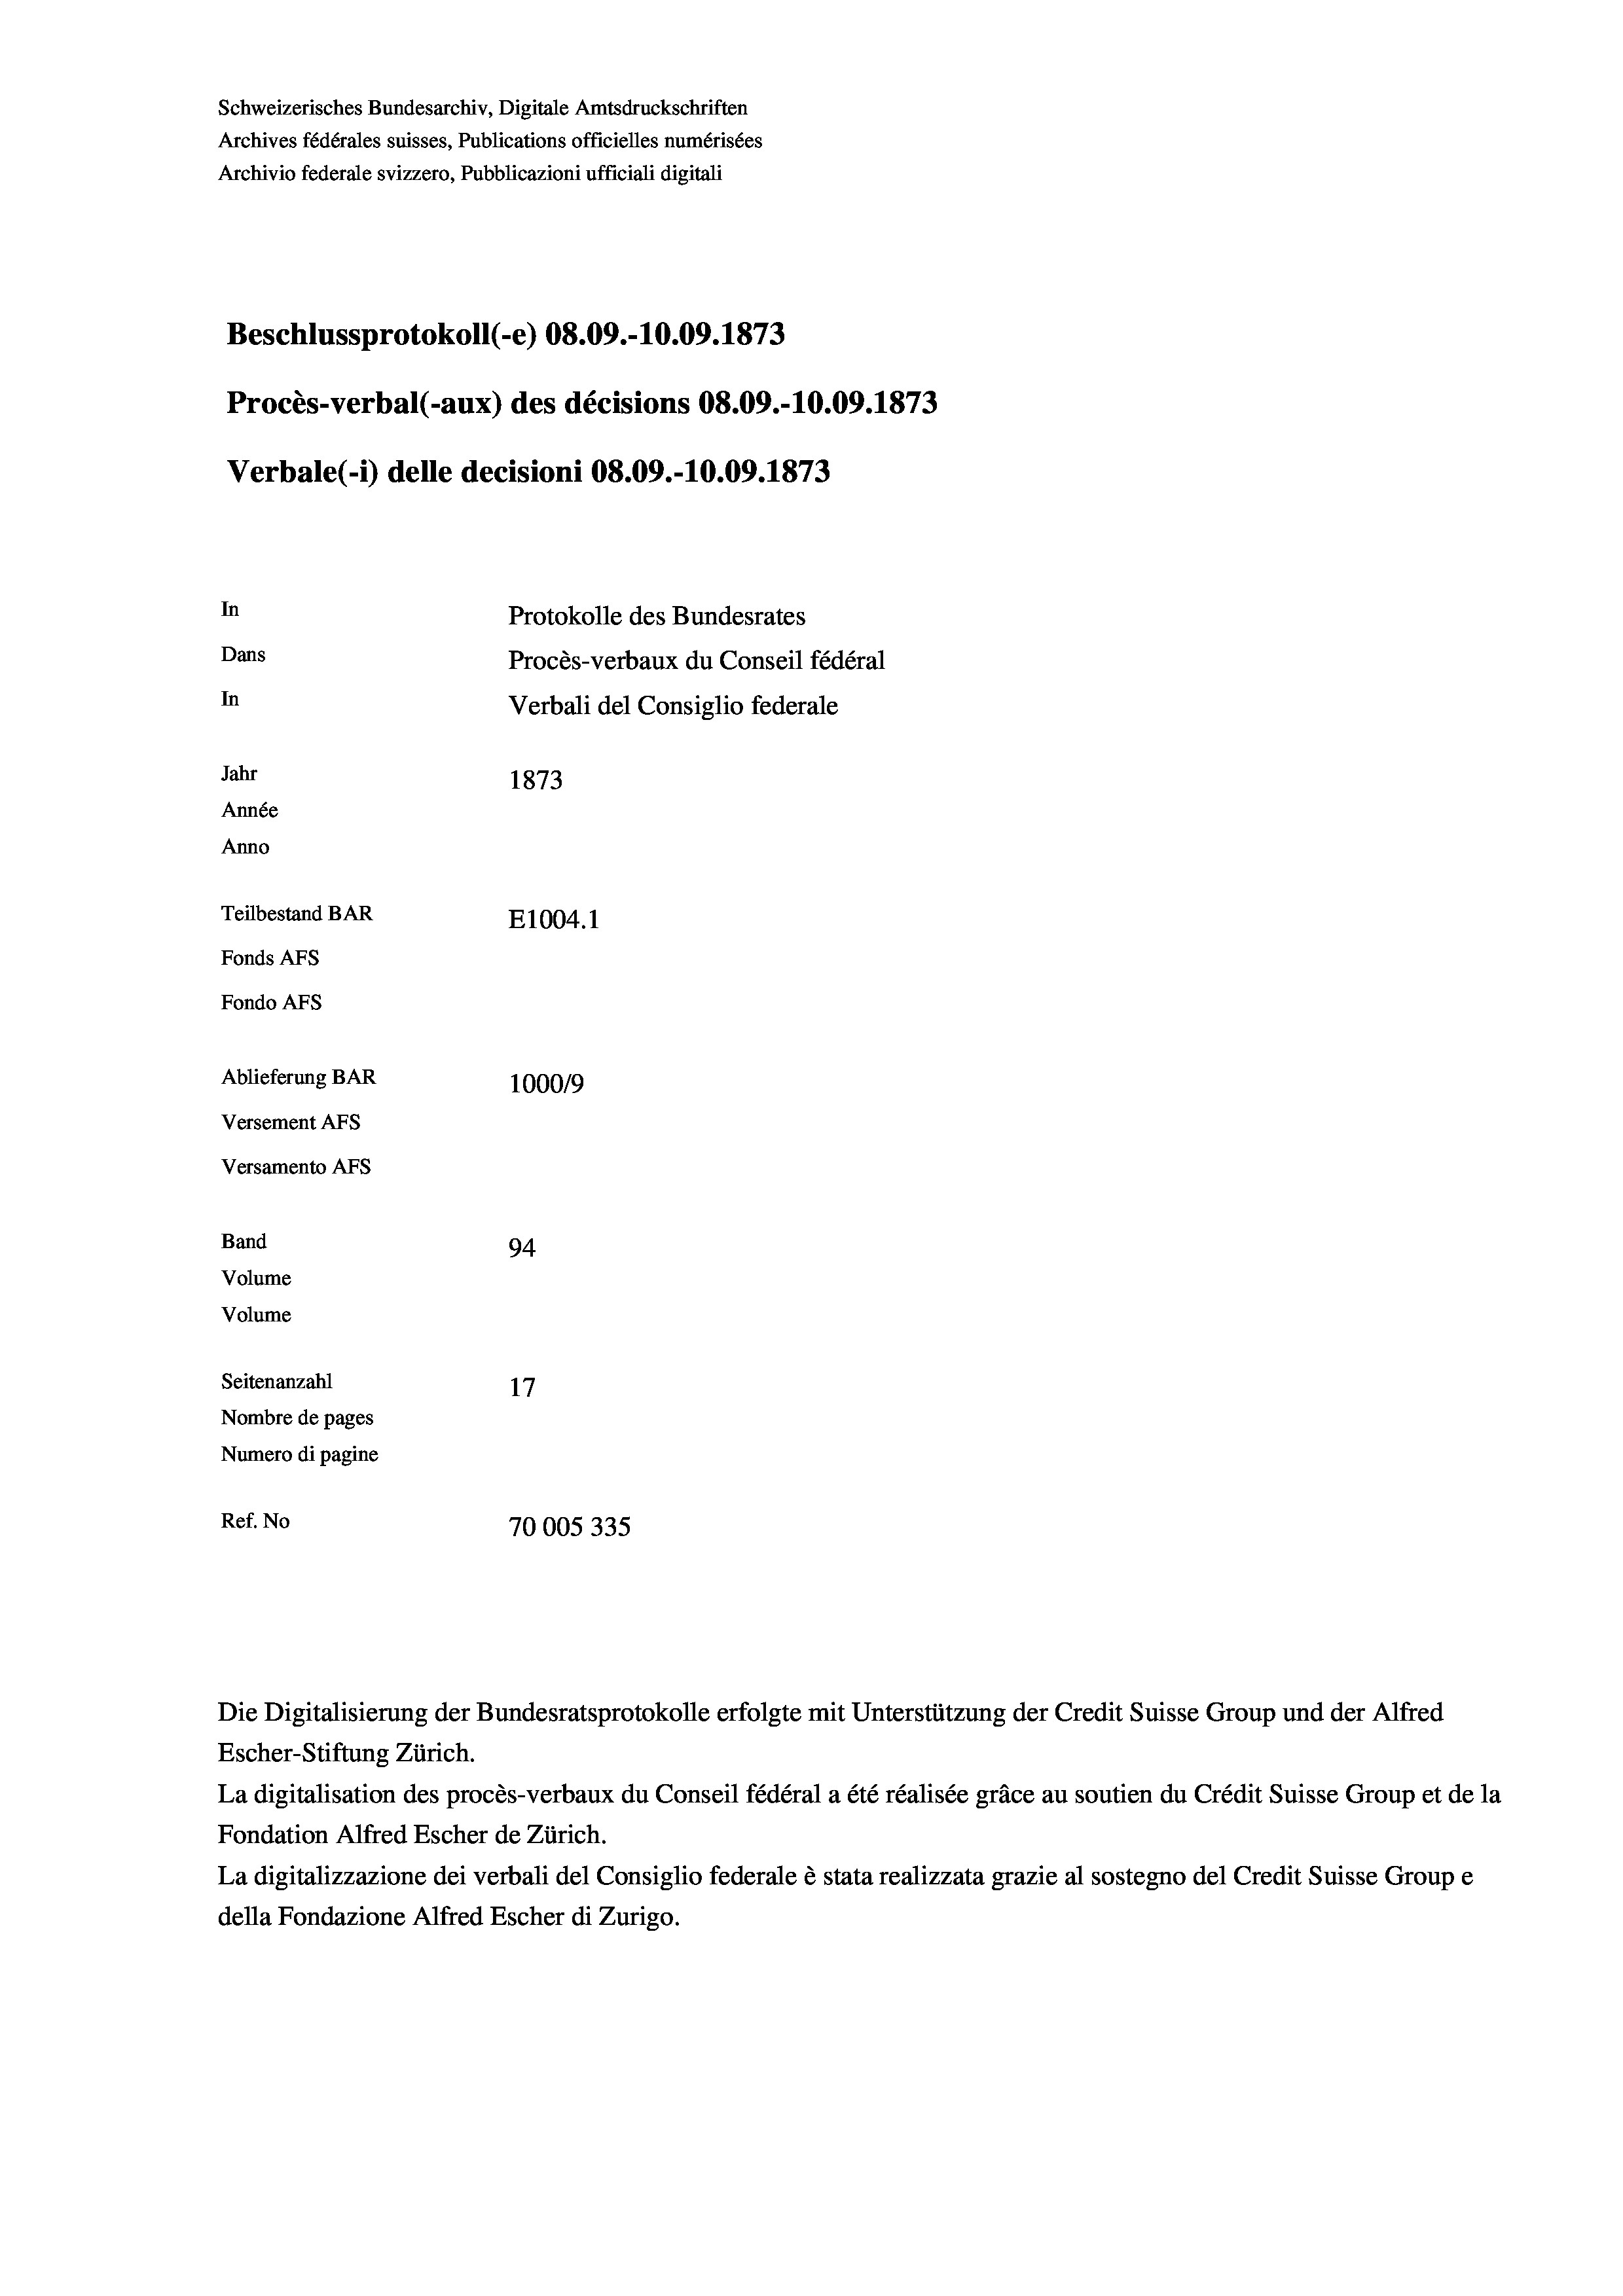
Schweizerisches Bundesarchiv, Digitale Amtsdruckschriften
Archives fédérales suisses, Publications officielles numérisées
Archivio federale svizzero, Pubblicazioni ufficiali digitali
Beschlussprotokoll (-e) 08.09.-10.09. 1873
Procès-verbal (-aux) des décisions 08.09.-10.09. 1873
Verbale (i) delle decisioni 08.09.-10.09. 1873
In
Protokolle des Bundesrates
Dans
Procès-verbaux du Conseil fédéral
In
Verbali del Consiglio federale
Jahr
1873
Année
Anno
Teilbestand BAR
E1004. 1
Fonds AFs
Fondo Afs
Ablieferung BAR
100019
Versement AFs
Versamento AFs
Band
94.
Volume
Volume
Seitenanzahl
17
Nombre de pages
Numero di pagine
Ref. No
70005335

Escher-Stiftung Zürich.
La digitalisation des procès-verbaux du Conseil fédéral a été réalisée gräce au soutien du Crédit Suisse Group et de la
Fondation Alfred Escher de Zürich.
La digitalizzazione dei verbali del Consiglio federale è stata realizzata grazie al sostegno del Credit Suisse Groupe
della Fondazione Alfred Escher di Zurigo.

Die Digitalisierung der Bundesratsprotokolle erfolgte mit Unterstützung der Credit Suisse Group und der Alfred